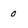
Character: 0